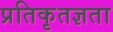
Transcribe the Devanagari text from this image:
प्रतिकृतज्ञता